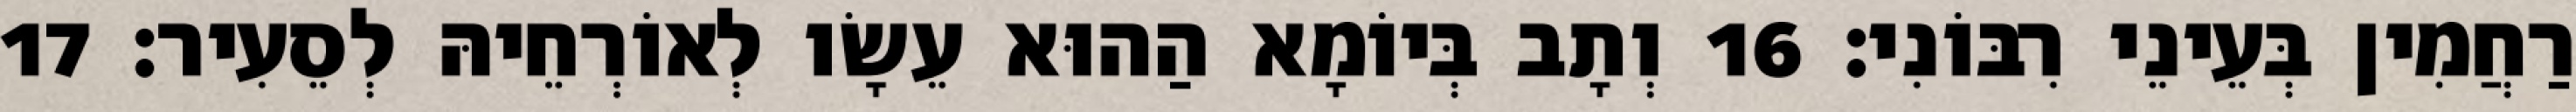
רַחֲמִין בְּעֵינֵי רִבּוֹנִי׃ 16 וְתָב בְּיוֹמָא הַהוּא עֵשָׂו לְאוֹרְחֵיהּ לְסֵעִיר׃ 17